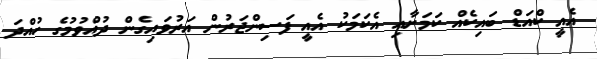
އެއީ ކްއަޑް ބައިކެއް ކަމަށާއި އެކަމަކު އެއީ ފަސިންޖަރުން އަރުވައިގެން ދުއްވުމުގެ ހުއްދަ